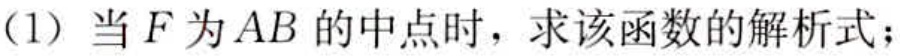
(1) 当 \(F\) 为 \(AB\) 的中点时，求该函数的解析式；